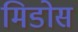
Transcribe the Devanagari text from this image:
मिडोस